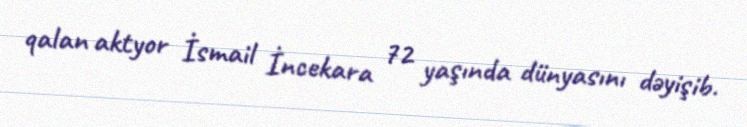
qalan aktyor İsmail İncekara 72 yaşında dünyasını dəyişib.